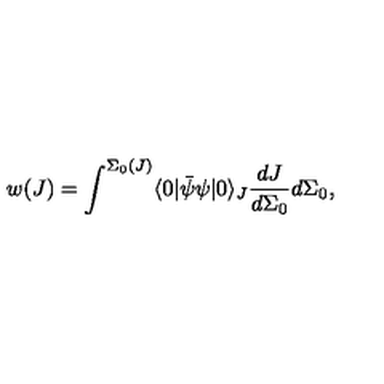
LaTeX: w ( J ) = \int ^ { \Sigma _ { 0 } ( J ) } \langle 0 | \bar { \psi } \psi | 0 \rangle _ { J } \frac { d J } { d \Sigma _ { 0 } } d \Sigma _ { 0 } ,